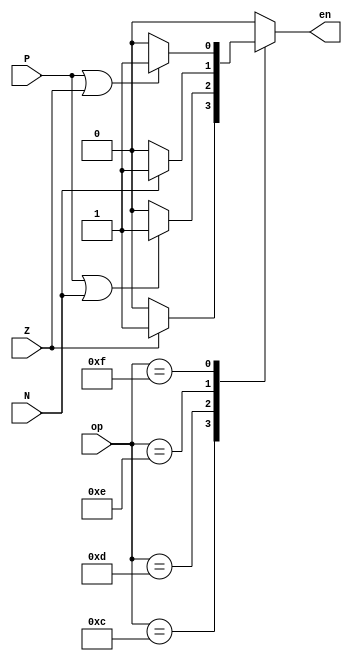
// Prayag Bhakar [bhakar@wisc.edu]
module branch_logic (op, Z, P, N, en);
  // --- Inputs ---
  input [4:0] op;
  input Z, P, N;

  // --- Outputs ---
  output reg en;

  // --- Code ---
  always @(*) begin
    case (op)
      // BEQZ
      5'b01100: en = (Z) ? 1'b1 : 1'b0;
      // BNEZ
      5'b01101: en = (P | N) ? 1'b1 : 1'b0;
      // BLTZ
      5'b01110: en = (N) ? 1'b1 : 1'b0;
      // BGEZ
      5'b01111: en = (P | Z) ? 1'b1 : 1'b0;
      // Don't Branch
      default: en = 1'b0;
    endcase
  end
endmodule